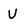
Character: U